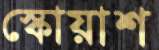
স্কোয়াশ